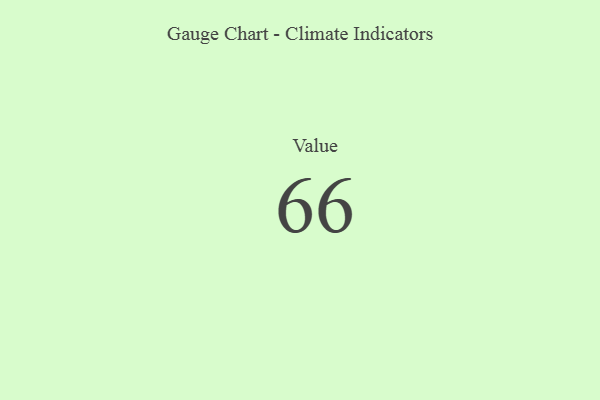
{"axis": {"x": "Metric", "y": "Value"}, "legend": [""], "data": [{"x": "Value", "y": 66, "type": ""}]}